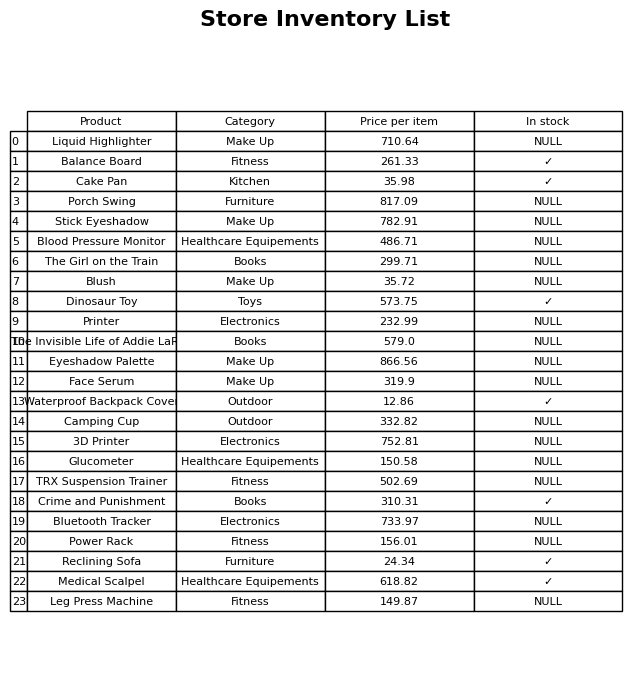
question: Is the Glucometer in stock?
answer: NULL